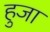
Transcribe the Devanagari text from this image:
हुजा